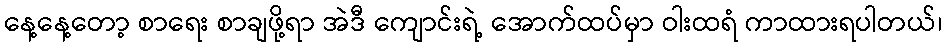
နေ့နေ့တော့ စာရေး စာချဖို့ရာ အဲဒီ ကျောင်းရဲ့ အောက်ထပ်မှာ ဝါးထရံ ကာထားရပါတယ်၊